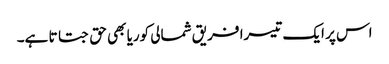
اس پر ایک تیسرا فریق شمالی کوریا بھی حق جتاتا ہے۔